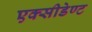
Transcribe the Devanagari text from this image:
एक्सीडेण्ट